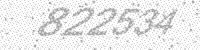
Solution: 822534